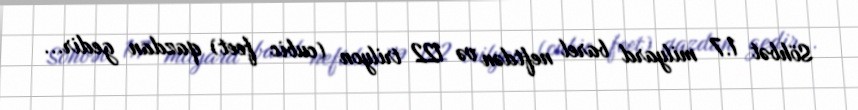
Söhbət 1.7 milyard barel neftdən və 122 trilyon (cubic feet) qazdan gedir...